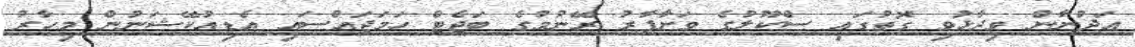
އަދުނާން ވިދާޅުވި ގޮތުގައި ސްކޫލުގެ ވަށާފާރު ރޭނުމުގެ ބަޖެޓް ހަމަޖައްސައި އެޑިއުކޭޝަނުން މިހާރު